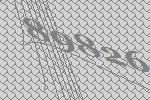
89826